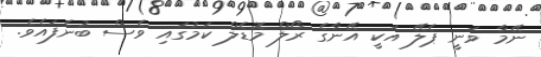
ނޭމާ ވަނީ ޕެލޭ އަކީ އޭނާގެ ރޯލް މޮޑެލް ކަމުގައި ވެސް ބުނެފައެވެ.